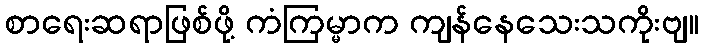
စာရေးဆရာဖြစ်ဖို့ ကံကြမ္မာက ကျန်နေသေးသကိုးဗျ။